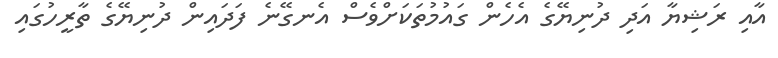
އާއި ރަޝިޔާ އަދި ދުނިޔޭގެ އެހެން ގައުމުތަކަށްވެސް އެނގޭނެ ފަދައިން ދުނިޔޭގެ ތާރީހުގައި